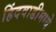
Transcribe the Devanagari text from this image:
हिंदवाडीमध्ये